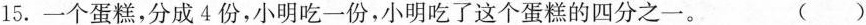
15.一个蛋糕，分成4份，小明吃一份，小明吃了这个蛋糕的四分之一。 ()